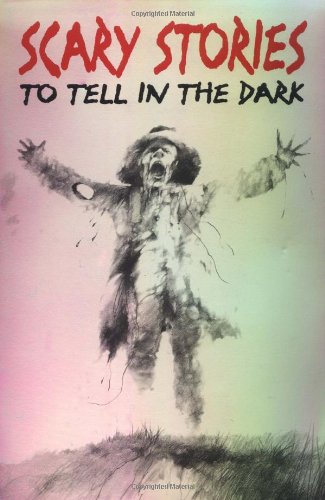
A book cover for Scary Stories to Tell in the Dark: Collected from American Folklore; Alvin Schwartz; Children's Books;